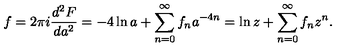
f = 2 \pi i \frac { d ^ { 2 } F } { d a ^ { 2 } } = - 4 \ln a + \sum _ { n = 0 } ^ { \infty } f _ { n } a ^ { - 4 n } = \ln z + \sum _ { n = 0 } ^ { \infty } f _ { n } z ^ { n } .